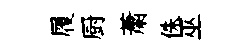
履厨䔥侏巫